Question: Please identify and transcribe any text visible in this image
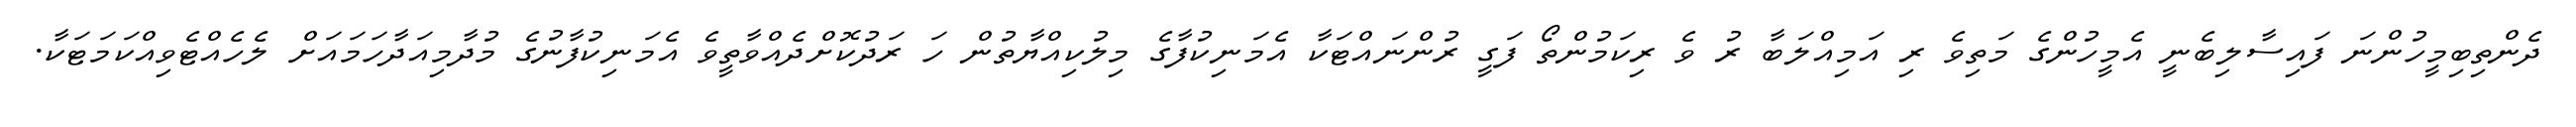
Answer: ދެންތިބިމީހުންނަ ފައިސާލިބެނީ އެމީހުންގެ މަތިވެ ރި އަމިއްލަބާ ރު ވެ ރިކަމުންތޯ ފަގީ ރުންނައްޓަކާ އެމަނިކުފާގެ މިލުކިއްޔާތުން ހަ ރަދުކޮށްދެއްވާތީވެ އެމަނިކުފާނުގެ މުދާމިއަދާހަމައަށް ލެހެއްޓެވިއްކަމަޓަކާ.